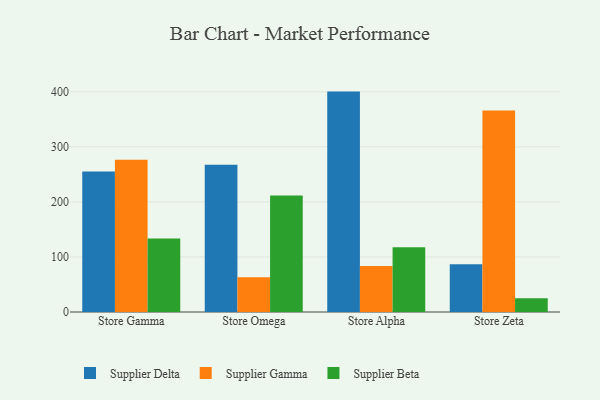
{"axis": {"x": "Store", "y": "Demand Index"}, "legend": ["Supplier Beta", "Supplier Delta", "Supplier Gamma"], "data": [{"x": "Store Gamma", "y": 255.3, "type": "Supplier Delta"}, {"x": "Store Gamma", "y": 276.7, "type": "Supplier Gamma"}, {"x": "Store Gamma", "y": 133.7, "type": "Supplier Beta"}, {"x": "Store Omega", "y": 267.4, "type": "Supplier Delta"}, {"x": "Store Omega", "y": 63.2, "type": "Supplier Gamma"}, {"x": "Store Omega", "y": 211.5, "type": "Supplier Beta"}, {"x": "Store Alpha", "y": 400.3, "type": "Supplier Delta"}, {"x": "Store Alpha", "y": 83.7, "type": "Supplier Gamma"}, {"x": "Store Alpha", "y": 117.7, "type": "Supplier Beta"}, {"x": "Store Zeta", "y": 86.8, "type": "Supplier Delta"}, {"x": "Store Zeta", "y": 366.2, "type": "Supplier Gamma"}, {"x": "Store Zeta", "y": 24.9, "type": "Supplier Beta"}]}